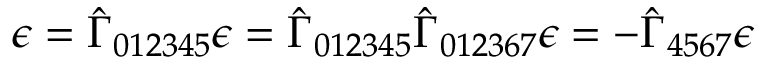
\epsilon = \hat { \Gamma } _ { 0 1 2 3 4 5 } \epsilon = \hat { \Gamma } _ { 0 1 2 3 4 5 } \hat { \Gamma } _ { 0 1 2 3 6 7 } \epsilon = - \hat { \Gamma } _ { 4 5 6 7 } \epsilon